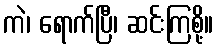
ကဲ၊ ရောက်ပြီ၊ ဆင်းကြစို့။